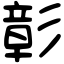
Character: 彰